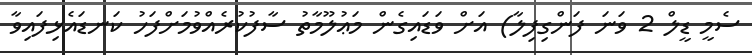
ސެމީ ޑީލް 2 ވަނަ ފަންގިފިލާ) އަށް ވަޑައިގެން މަޢުލޫމާތު ސާފުކުރެއްވުމަށްފަހު ކަނޑައެޅިފައިވާ